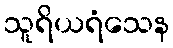
သူရိယရံသေန